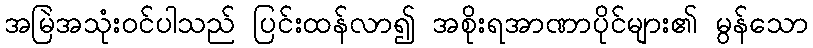
အမြဲအသုံးဝင်ပါသည် ပြင်းထန်လာ၍ အစိုးရအာဏာပိုင်များ၏ မွန်သော